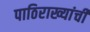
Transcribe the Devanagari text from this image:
पाठिराख्यांची